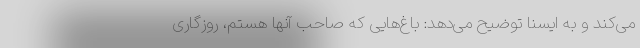
می‌کند و به ایسنا توضیح می‌دهد: باغ‌هایی که صاحب آنها هستم، روزگاری